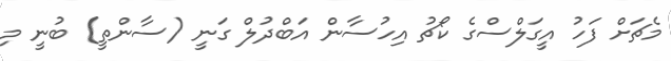
މެޗަށް ފަހު އީގަލްސްގެ ކޯޗު އިހުސާން އަބްދުލް ގަނީ (ސާންތީ) ބުނީ މި